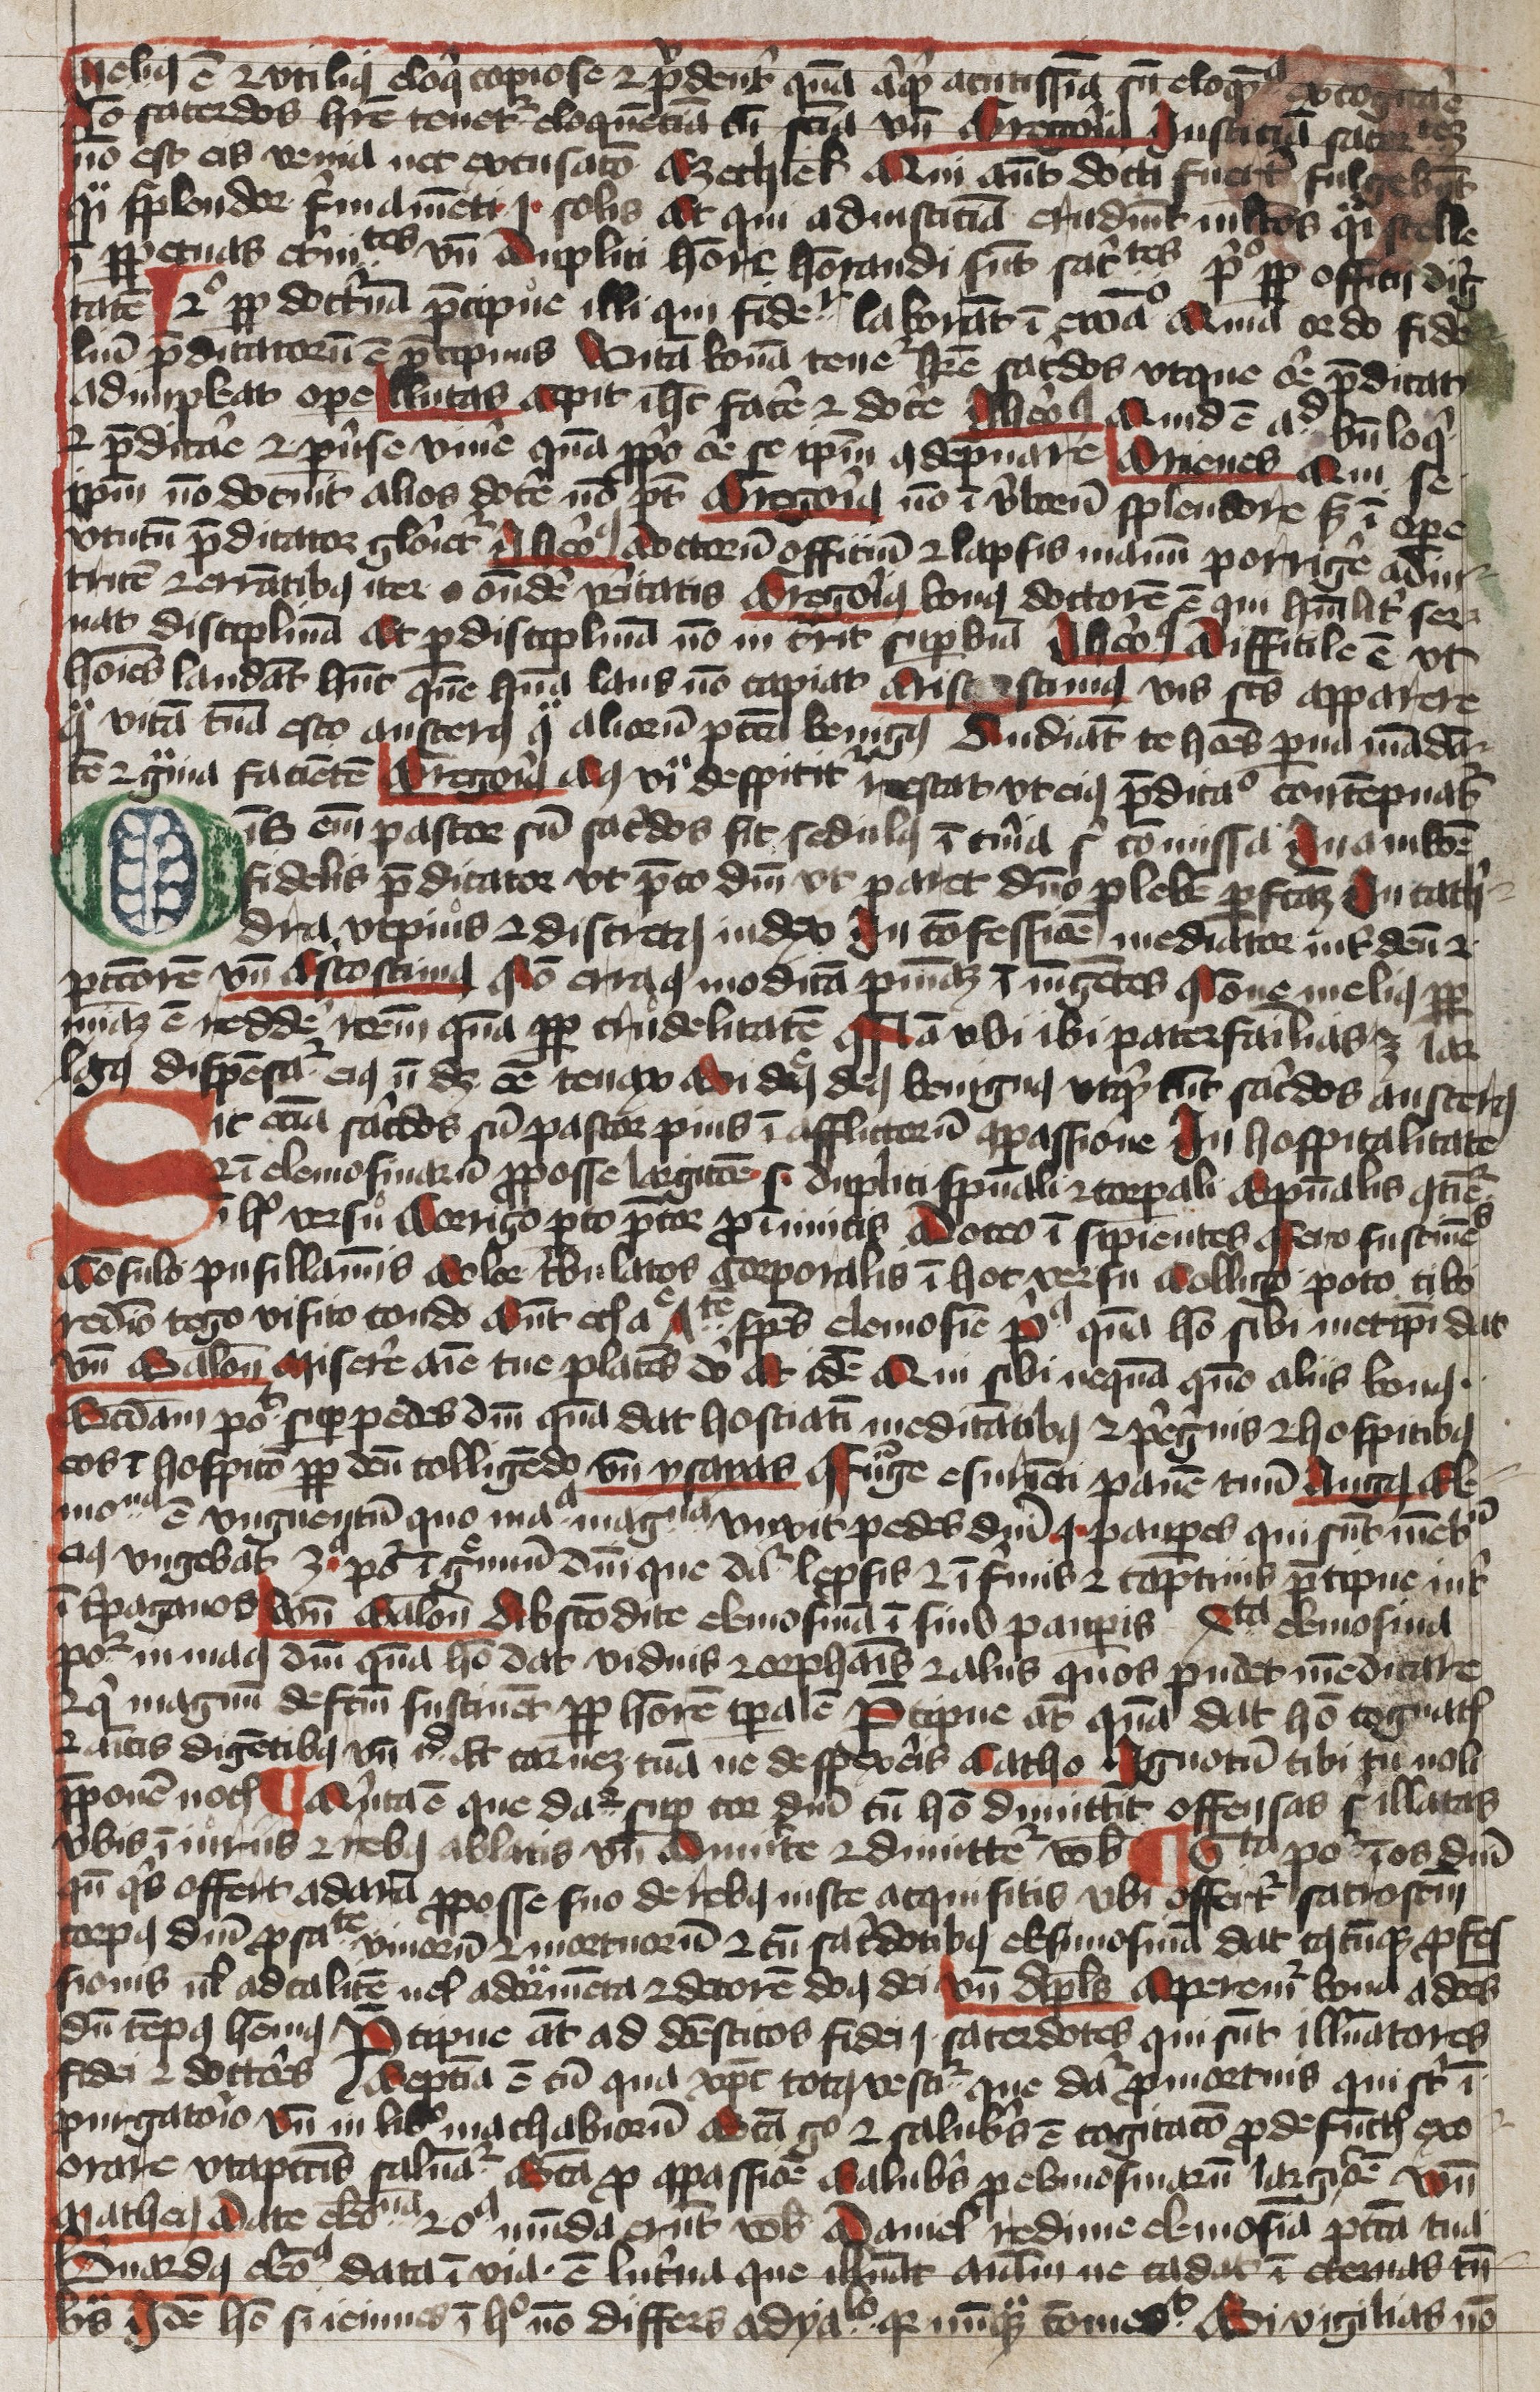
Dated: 1400–1449